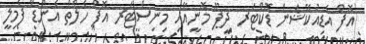
އޮފް އެޑިއުކޭޝަން ޑޮކްޓަރ ދީޕޫ މޮނީއާއި މިނިސްޓަރ އޮފް ހެލްތް އެންޑް ފެމިލީ